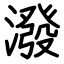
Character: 潑